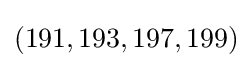
(191,193,197,199)